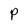
Character: P